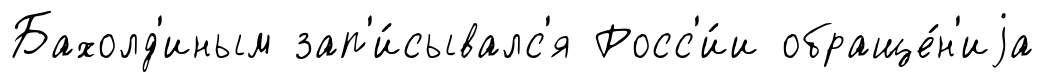
Бахолд'иным зап'и́сывалс'я Росс'и́и обраще́н'иjа